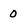
Character: O